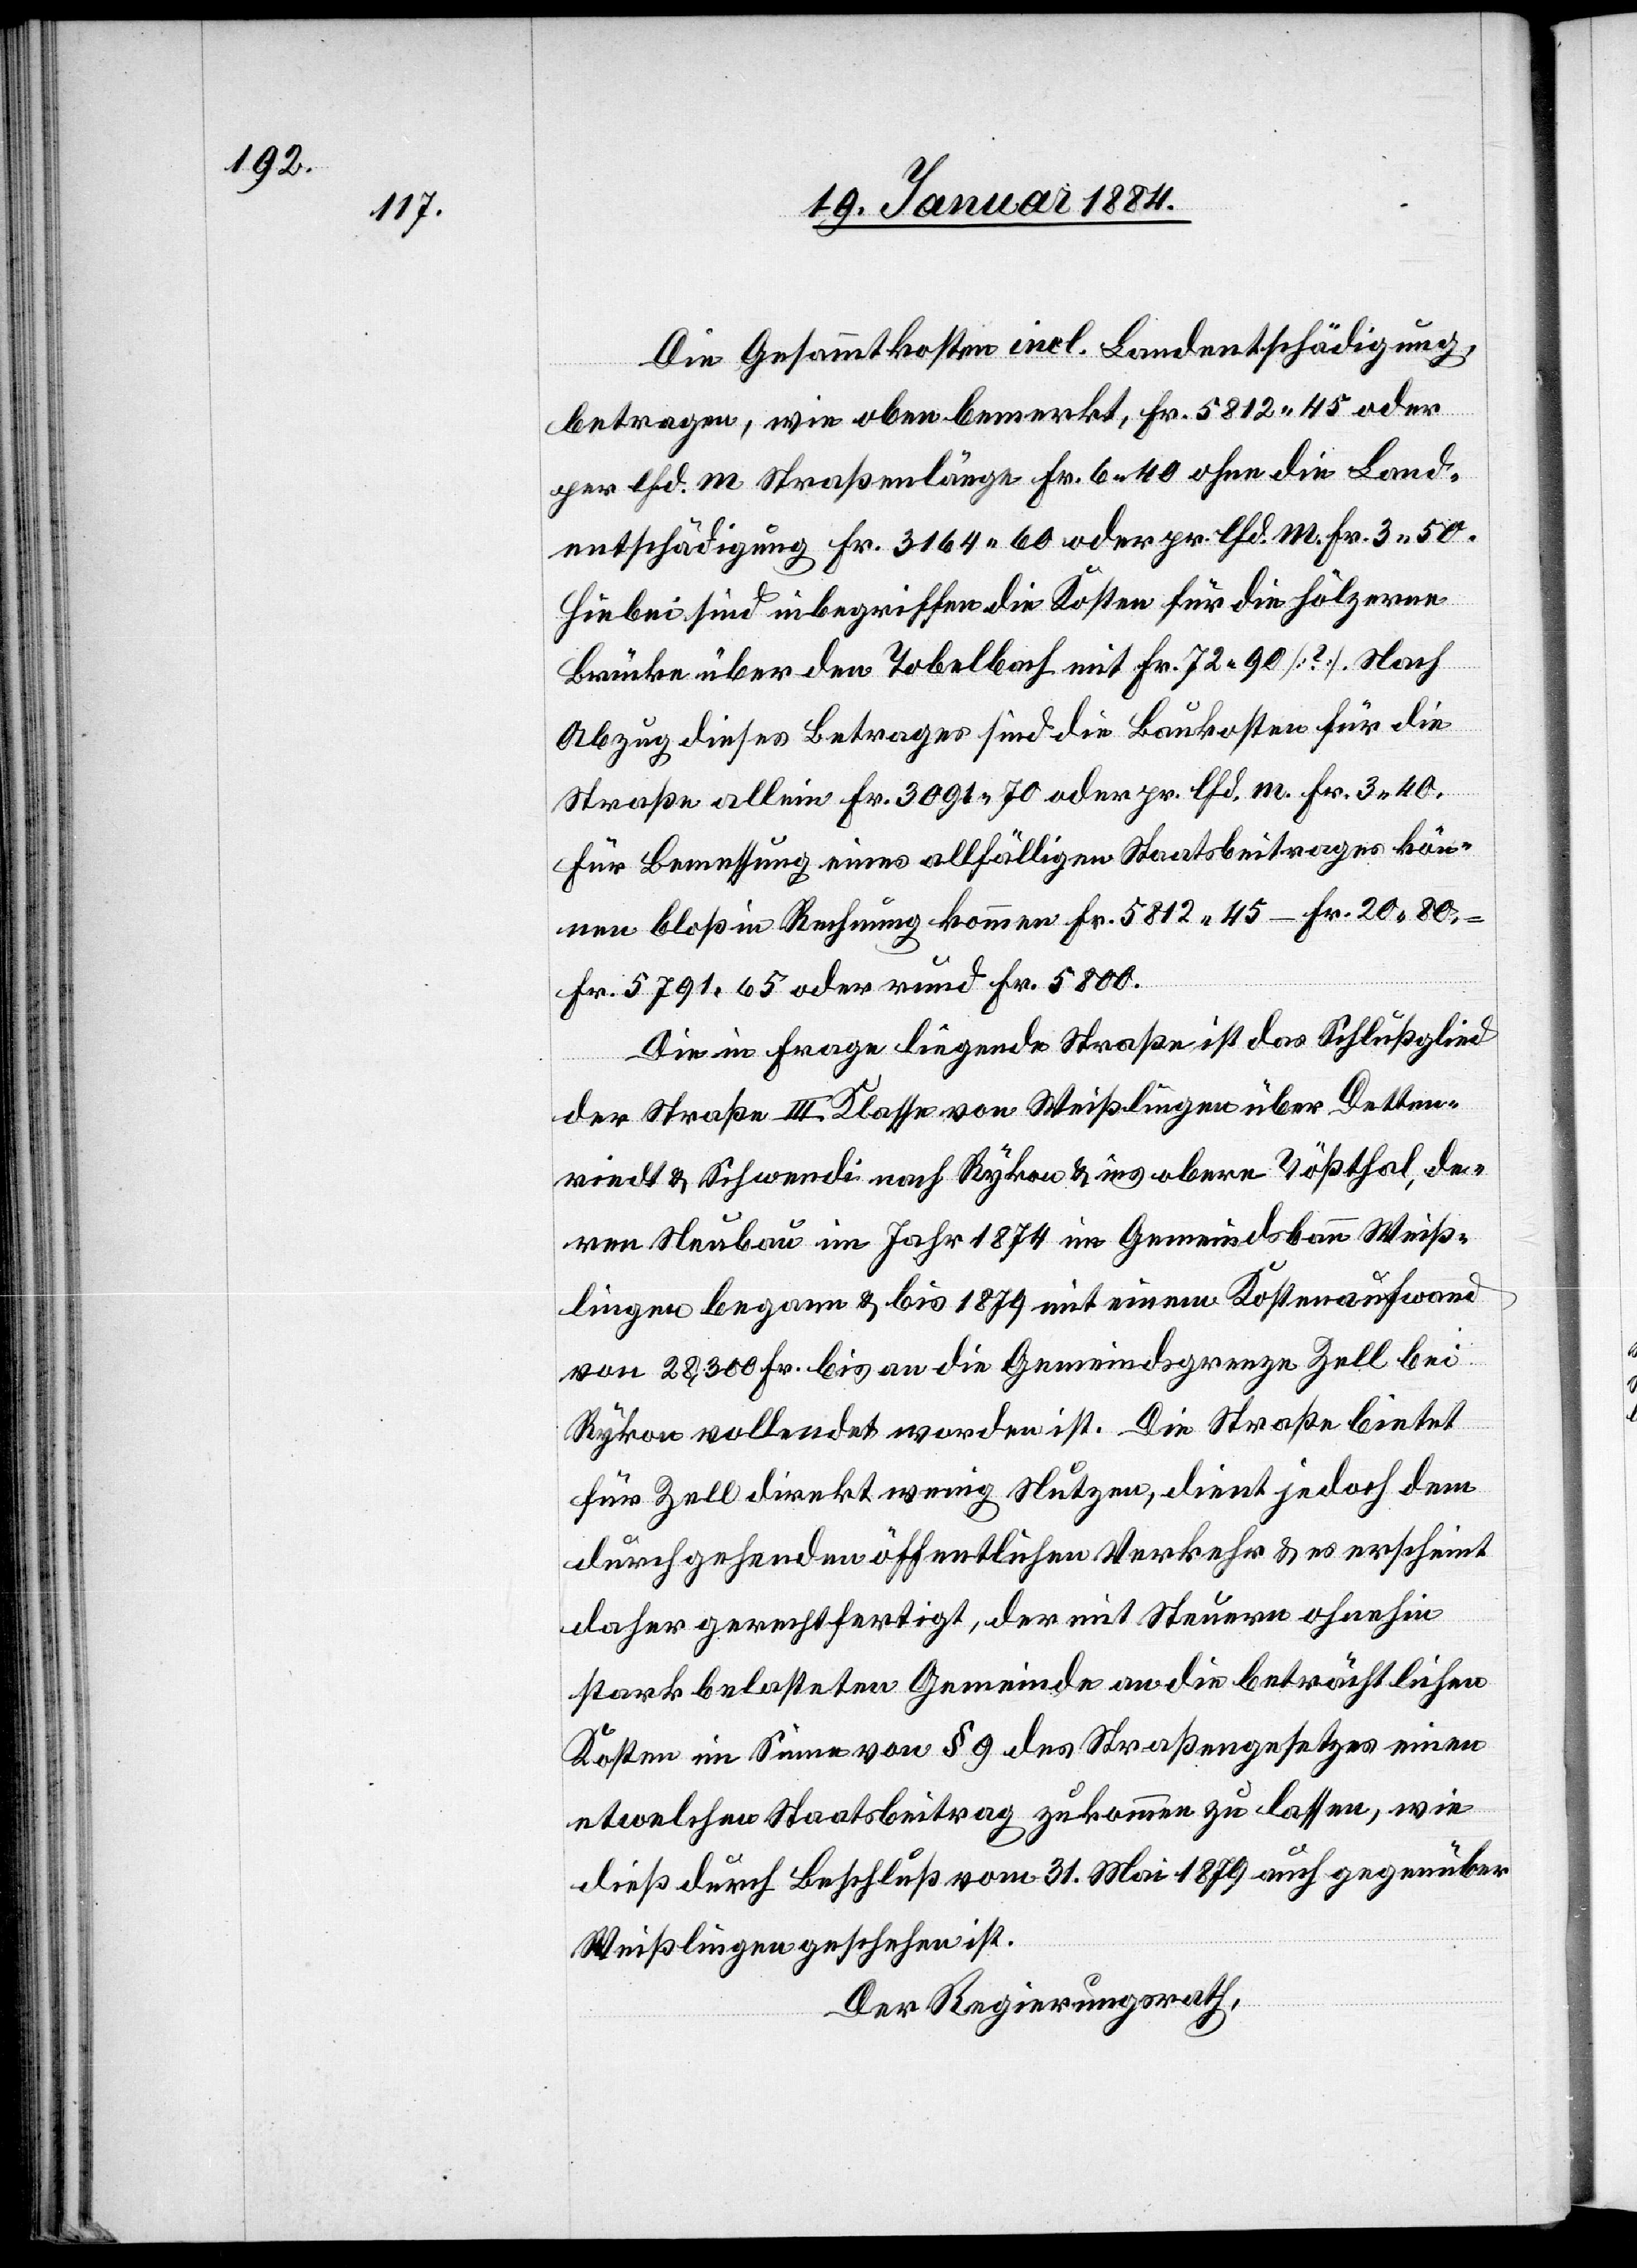
Die Gesammtkosten incl. Landentschädigung
betragen, wie oben bemerkt, Fr. 5812 45 oder
per lfd. m Straßenlänge Fr. 6.40 ohne die Land¬
entschädigung Fr. 3164 60 oder per lfd. m. Fr. 3 50.
Hiebei sind inbegriffen Kosten für die hölzerne
Brücke über den Tobelbach mit Fr. 72 90 [?]. Nach
Abzug dieses Betrages sind die Baukosten für die
Straße allein Fr. 3091 70 oder pr. lfd. m Fr. 3 40.
Für Bemessung eines allfälligen Staatsbeitrages kön¬
nen bloß in Rechnung kommen Fr. 5812 45 – Fr. 20 80
Fr. 5791 65 oder rund Fr. 5800.
Die in Frage liegende Straße ist das Schlußglied
der Straße III. Klasse von Weißlingen über Detten¬
riedt & Schwendi nach Rykon & ins obere Tößthal, de¬
ren Neubau im Jahr 1974 im Gemeindsbann Weiß¬
lingen begann & bis 1879 mit einem Kostenaufwand
von 28 300 Fr. bis an die Gemeindsgrenze Zell bei
Rykon vollendet worden ist. Die Straße bietet
für Zell direkt wenig Nutzen, dient jedoch dem
durchgehenden öffentlichen Verkehr & es erscheint
daher gerechtfertigt, der mit Steuern ohnehin
stark belasteten Gemeinde an die beträchtlichen
Kosten im Sinne von § 9 des Straßengesetztes einen
etwelchen Staatsbeitrag zukommen zu lassen, wie
dieß durch Beschluß von 31. Mai 1879 auch gegenüber
Weißlingen geschehen ist.
Der Regierungsrath